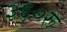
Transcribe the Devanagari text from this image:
३६०रू